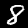
Label: 8